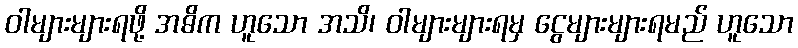
ဝါများများရဖို့ အဓိက ဟူသော အသိ၊ ဝါများများရမှ ငွေများများရမည် ဟူသော